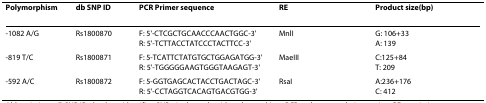
<table><thead><tr><td><b>Polymorphism</b></td><td><b>db SNP ID</b></td><td><b>PCR Primer sequence</b></td><td><b>RE</b></td><td><b>Product size(bp)</b></td></tr></thead><tbody><tr><td>-1082 A/G</td><td>Rs1800870</td><td>F: 5&#x27;-CTCGCTGCAACCCAACTGGC-3&#x27;R: 5&#x27;-TCTTACCTATCCCTACTTCC-3&#x27;</td><td>MnlI</td><td>G: 106+33A: 139</td></tr><tr><td>-819 T/C</td><td>Rs1800871</td><td>F: 5-TCATTCTATGTGCTGGAGATGG-3&#x27;R: 5&#x27;-TGGGGGAAGTGGGTAAGAGT-3&#x27;</td><td>MaeIII</td><td>C:125+84T: 209</td></tr><tr><td>-592 A/C</td><td>Rs1800872</td><td>F: 5-GGTGAGCACTACCTGACTAGC-3&#x27;R: 5&#x27;-CCTAGGTCACAGTGACGTGG-3&#x27;</td><td>RsaI</td><td>A:236+176C: 412</td></tr></tbody></table>